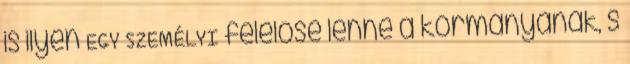
is ilyen EGY SZEMÉLYI felelőse lenne a kormányának, s